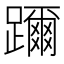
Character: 躎